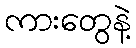
ကားတွေနဲ့